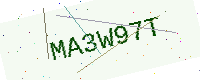
Text: MA3W97T